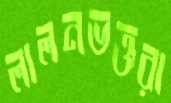
লালনভক্তরা